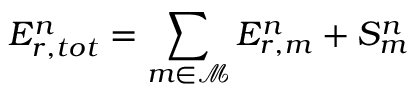
E _ { r , t o t } ^ { n } = \sum _ { m \in \mathcal { M } } E _ { r , m } ^ { n } + S _ { m } ^ { n }